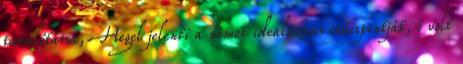
tanulótársa, Hegel jelenti a német idealizmus csúcspontját, ő volt